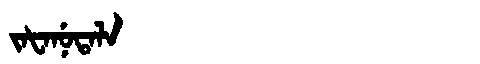
Manchu: ᠵᠠᡶᠠᠨᡠᡨᠠᠯᠠ
Romanization: JAFANUTALA